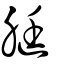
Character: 脡